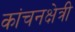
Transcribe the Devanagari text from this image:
कांचनक्षेत्री